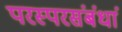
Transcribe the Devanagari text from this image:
परस्परसंबंधां